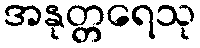
အနုတ္တရေသု